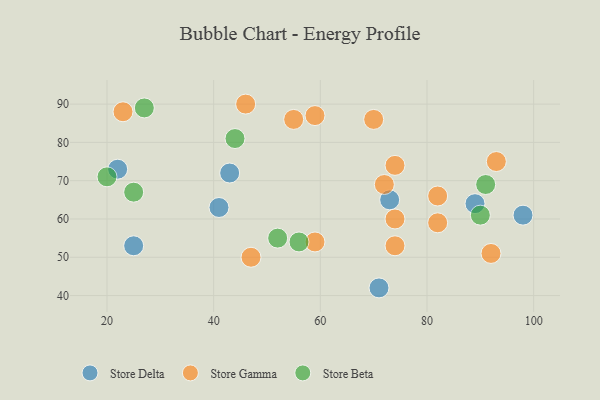
{"axis": {"x": "GDP", "y": "Life Expectancy"}, "legend": ["Store Beta", "Store Delta", "Store Gamma"], "data": [{"x": "22", "y": 73, "type": "Store Delta"}, {"x": "71", "y": 42, "type": "Store Delta"}, {"x": "43", "y": 72, "type": "Store Delta"}, {"x": "98", "y": 61, "type": "Store Delta"}, {"x": "89", "y": 64, "type": "Store Delta"}, {"x": "73", "y": 65, "type": "Store Delta"}, {"x": "25", "y": 53, "type": "Store Delta"}, {"x": "41", "y": 63, "type": "Store Delta"}, {"x": "59", "y": 87, "type": "Store Gamma"}, {"x": "23", "y": 88, "type": "Store Gamma"}, {"x": "55", "y": 86, "type": "Store Gamma"}, {"x": "72", "y": 69, "type": "Store Gamma"}, {"x": "46", "y": 90, "type": "Store Gamma"}, {"x": "70", "y": 86, "type": "Store Gamma"}, {"x": "82", "y": 66, "type": "Store Gamma"}, {"x": "59", "y": 54, "type": "Store Gamma"}, {"x": "74", "y": 74, "type": "Store Gamma"}, {"x": "93", "y": 75, "type": "Store Gamma"}, {"x": "92", "y": 51, "type": "Store Gamma"}, {"x": "47", "y": 50, "type": "Store Gamma"}, {"x": "82", "y": 59, "type": "Store Gamma"}, {"x": "74", "y": 60, "type": "Store Gamma"}, {"x": "74", "y": 53, "type": "Store Gamma"}, {"x": "90", "y": 61, "type": "Store Beta"}, {"x": "56", "y": 54, "type": "Store Beta"}, {"x": "52", "y": 55, "type": "Store Beta"}, {"x": "91", "y": 69, "type": "Store Beta"}, {"x": "20", "y": 71, "type": "Store Beta"}, {"x": "27", "y": 89, "type": "Store Beta"}, {"x": "25", "y": 67, "type": "Store Beta"}, {"x": "44", "y": 81, "type": "Store Beta"}]}